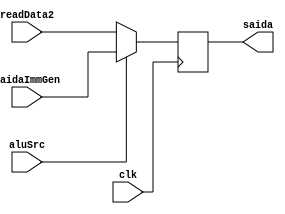
module muxReg(
    input wire clk,
    input wire aluSrc,
    input wire [31:0] readData2,
    input wire [31:0] saidaImmGen,
    output reg [31:0] saida
);
    always @(posedge clk) begin
        if(aluSrc == 0) begin
            saida = readData2;
        end
        if (aluSrc == 1) begin
            saida = saidaImmGen ;
        end
    end 
endmodule